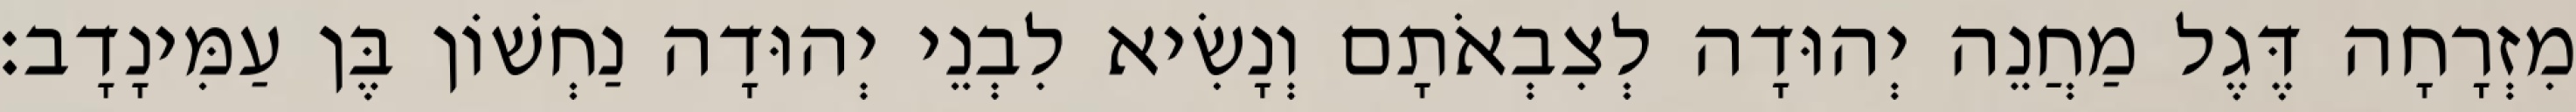
מִזְרָחָה דֶּגֶל מַחֲנֵה יְהוּדָה לְצִבְאֹתָם וְנָשִׂיא לִבְנֵי יְהוּדָה נַחְשׁוֹן בֶּן עַמִּינָדָב׃